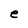
Character: e